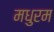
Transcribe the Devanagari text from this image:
मधुरम